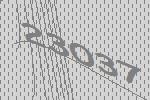
23037